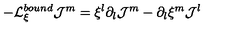
- { \cal L } _ { \xi } ^ { b o u n d } { \cal J } ^ { m } = \xi ^ { l } \partial _ { l } { \cal J } ^ { m } - \partial _ { l } \xi ^ { m } { \cal J } ^ { l }